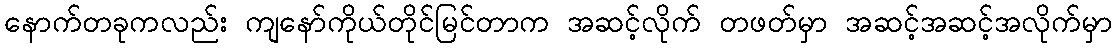
နောက်တခုကလည်း ကျနော်ကိုယ်တိုင်မြင်တာက အဆင့်လိုက် တဖတ်မှာ အဆင့်အဆင့်အလိုက်မှာ